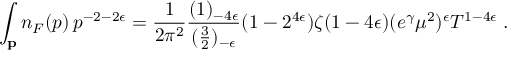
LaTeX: \int _ { \bf p } n _ { F } ( p ) \, p ^ { - 2 - 2 \epsilon } = { \frac { 1 } { 2 \pi ^ { 2 } } } { \frac { ( 1 ) _ { - 4 \epsilon } } { ( { \frac { 3 } { 2 } } ) _ { - \epsilon } } } ( 1 - 2 ^ { 4 \epsilon } ) \zeta ( 1 - 4 \epsilon ) ( e ^ { \gamma } \mu ^ { 2 } ) ^ { \epsilon } T ^ { 1 - 4 \epsilon } \; .